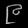
Digit: ၉